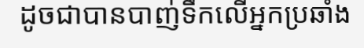
ដូចជាបានបាញ់ទឹកលើអ្នកប្រឆាំង